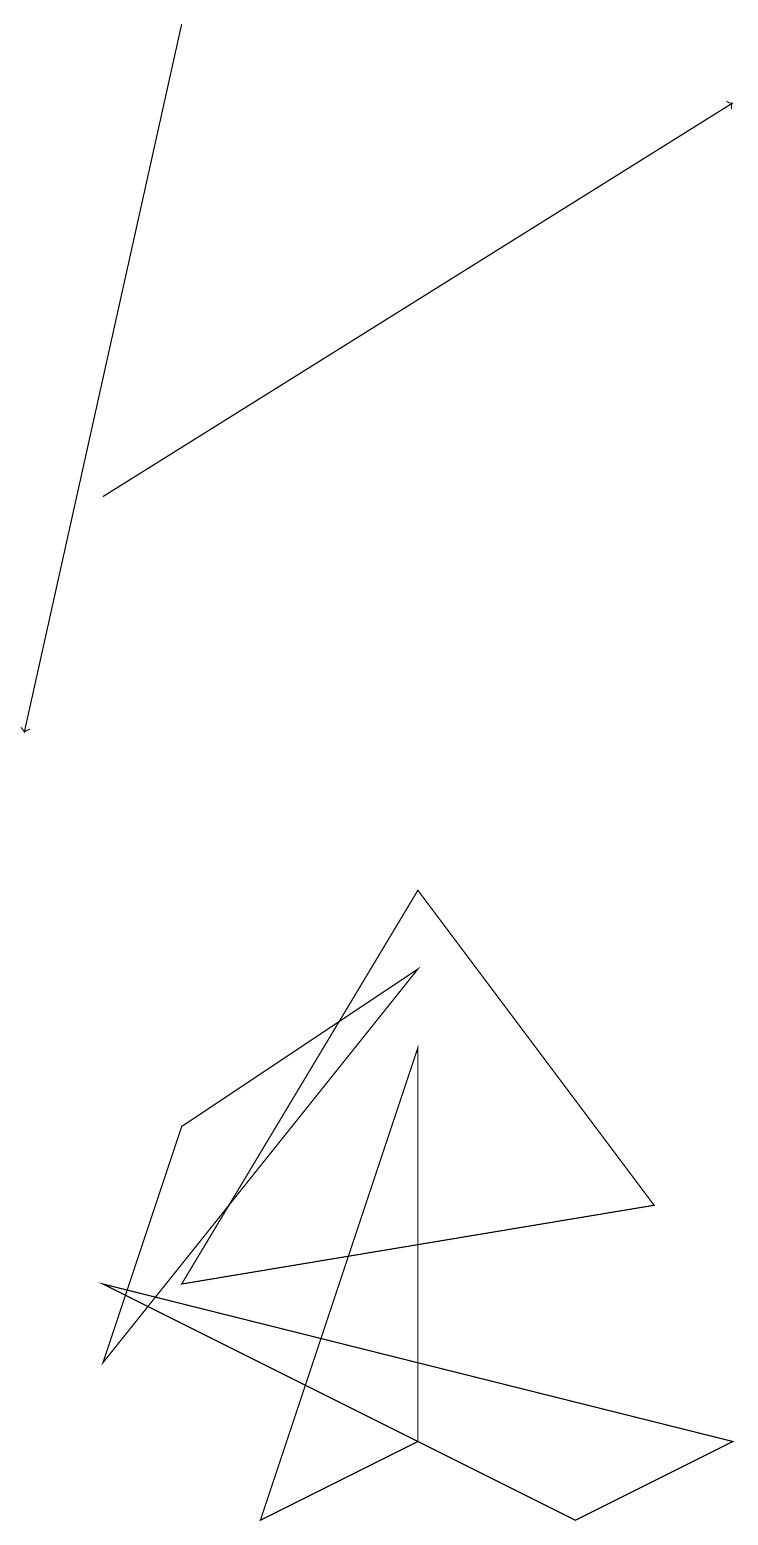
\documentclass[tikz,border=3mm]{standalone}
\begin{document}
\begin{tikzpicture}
\draw (9,1) -- (7,0) -- (1,3) -- cycle;
\draw (8,4) -- (5,8) -- (2,3) -- cycle;
\draw[->] (2,19) -- (0,10);
\draw[->] (1,13) -- (9,18);
\draw (2,5) -- (5,7) -- (1,2) -- cycle;
\draw (5,6) -- (5,1) -- (3,0) -- cycle;
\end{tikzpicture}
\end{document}